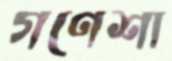
গণেশা